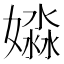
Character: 𡡺